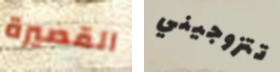
القصيرة تتزوجيني